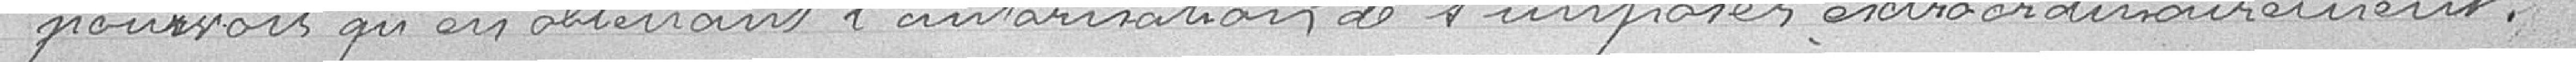
pourvoir qu'en obtenant l'autorisation de  ..... extraordinairement